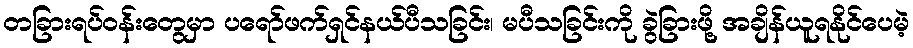
တခြားရပ်ဝန်းတွေမှာ ပရော်ဖက်ရှင်နယ်ပီသခြင်း၊ မပီသခြင်းကို ခွဲခြားဖို့ အချိန်ယူရနိုင်ပေမဲ့